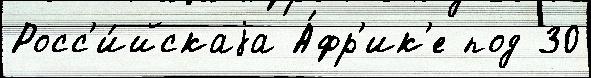
Росс'и́йскаjа А́фр'ик'е под 30